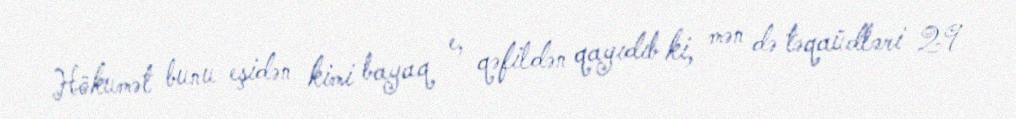
Hökumət bunu eşidən kimi bayaq e, qəfildən qayıdıb ki, mən də təqaüdləri 29